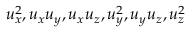
u _ { x } ^ { 2 } , u _ { x } u _ { y } , u _ { x } u _ { z } , u _ { y } ^ { 2 } , u _ { y } u _ { z } , u _ { z } ^ { 2 }